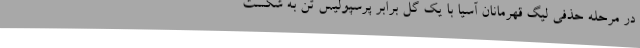
در مرحله حذفی لیگ قهرمانان آسیا با یک گل برابر پرسپولیس تن به شکست